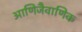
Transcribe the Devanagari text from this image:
आणिजैवाणिक